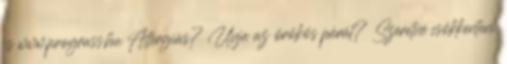
is www.prograss.hu Allergiás? Unja az örökös párát? Szeretné csökkenteni